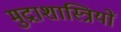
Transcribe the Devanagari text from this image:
मुद्राशास्त्रियों